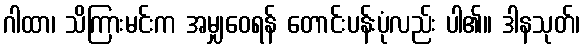
ဂါထာ၊ သိကြားမင်းက အမျှဝေရန် တောင်းပန်းပုံလည်း ပါ၏။ ဒါနသုတ်၊